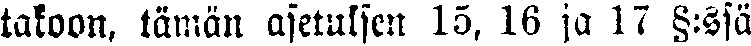
takoon, tämän asetuksen 15, 16 ja 17 §:ssä